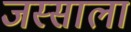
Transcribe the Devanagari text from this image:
जस्साला